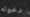
دخوله